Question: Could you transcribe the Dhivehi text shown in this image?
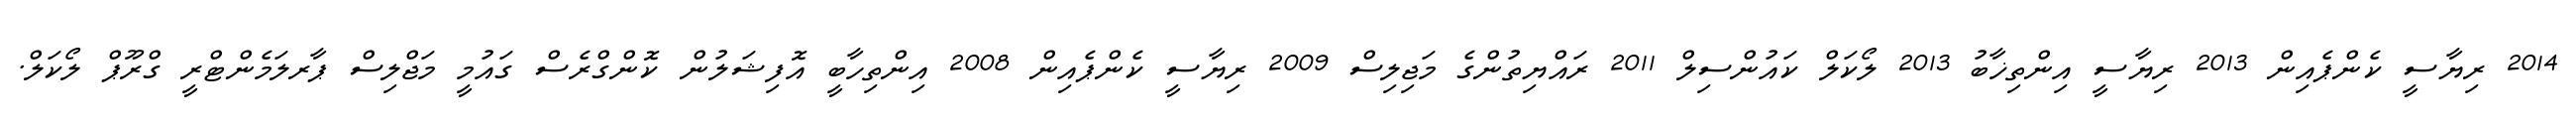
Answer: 2014 ރިޔާސީ ކެންޕެއިން 2013 ރިޔާސީ އިންތިޚާބު 2013 ލޯކަލް ކައުންސިލް 2011 ރައްޔިތުންގެ މަޖިލިސް 2009 ރިޔާސީ ކެންޕެއިން 2008 އިންތިހާބީ އޮފިޝަލުން ކޮންގްރެސް ގައުމީ މަޖްލިސް ޕާރލަމެންޓްރީ ގްރޫޕް ލޯކަލް.